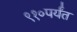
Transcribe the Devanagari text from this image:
९१०पर्यंत